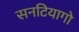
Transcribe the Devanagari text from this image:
सनटियागो